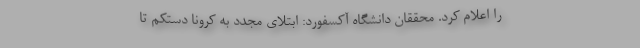
را اعلام کرد. محققان دانشگاه آکسفورد: ابتلای مجدد به کرونا دستکم تا